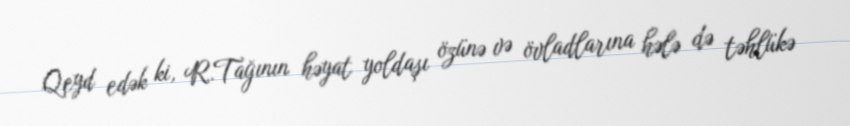
Qeyd edək ki, R.Tağının həyat yoldaşı özünə və övladlarına hələ də təhlükə